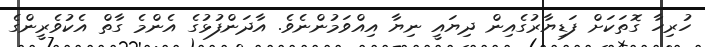
ހުރިހާ ގޮތަކަށް ފަޑިޔާރުގެއިން ދިޔައީ ނިޔާ އިއްވަމުންނެވެ. އާދަންފުޅުގެ އެންމެ ގާތް އެކުވެރީންގެ